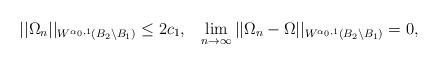
LaTeX: \begin{align*}||\Omega_n||_{W^{\alpha_0,1}(B_2\backslash B_1)}\leq 2c_1, ~~\lim\limits_{n\to\infty} ||\Omega_n-\Omega||_{W^{\alpha_0,1}(B_2\backslash B_1)}=0,\end{align*}